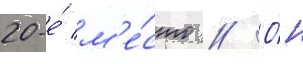
20-е́ м'е́сто // О́н